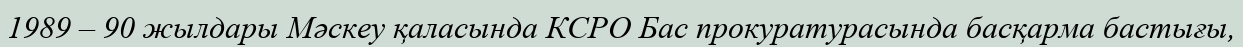
1989 – 90 жылдары Мәскеу қаласында КСРО Бас прокуратурасында басқарма бастығы,